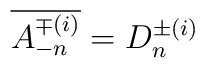
\overline{A_{-n}^{\mp (i)}}=D_n^{\pm (i)}